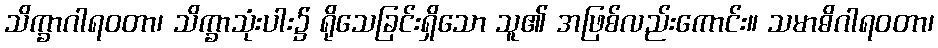
သိက္ခာဂါရဝတာ၊ သိက္ခာသုံးပါး၌ ရိုသေခြင်းရှိသော သူ၏ အဖြစ်လည်းကောင်း။ သမာဓိဂါရဝတာ၊